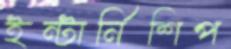
ইন্টার্নিশিপ